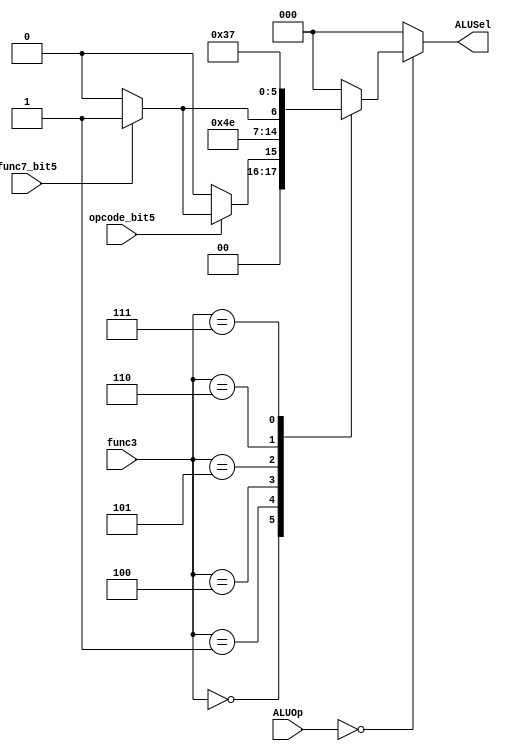
module ALU_control_unit
#(parameter ALUSEL_WIDTH = 3)
(
	input [2:0]ALUOp,
	input func7_bit5,
	input opcode_bit5,
	input [2:0] func3,
	output reg [ALUSEL_WIDTH-1:0] ALUSel
	);

/****************ALUOp Values ******************/
localparam RI_type_ALUOp  = 0,
		   JALR_ALUOp     = 1,
		   S_type_ALUOp   = 2,
		   SB_type_ALUOp  = 3,
		   U_type_ALUOp   = 4,
		   UJ_type_ALUOp  = 5;

localparam ADD = 0,
		   SUB = 1,
		   SLL = 2,
		   XOR = 3,
		   SRL = 4,
		   SRA = 5,
		   OR  = 6,
		   AND = 7;

always@(*) begin

    ALUSel = 3'b0;
    
	case(ALUOp)
	
	RI_type_ALUOp:
		case(func3)
		3'b000: 
			if(~opcode_bit5) 
				ALUSel = ADD;
			else if(func7_bit5)
				ALUSel = SUB;
			else 
				ALUSel = ADD;

		3'b001: ALUSel = SLL;
		3'b010: ALUSel = ADD;  //load
		3'b100: ALUSel = XOR;
		3'b101: if(func7_bit5)
					ALUSel = SRA;
				else 
					ALUSel = SRL;
		3'b110: ALUSel = OR;
		3'b111: ALUSel = AND;
        default: ALUSel = 3'b0;
		endcase
		
	JALR_ALUOp:    ALUSel = ADD;
	S_type_ALUOp:  ALUSel = ADD;
	SB_type_ALUOp: ALUSel = ADD;
	U_type_ALUOp:  ALUSel = ADD; 
	UJ_type_ALUOp: ALUSel = ADD;
	default: ALUSel = 3'b0;
	endcase
end
endmodule